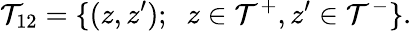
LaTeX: {\cal\mathcal{T}}_{12}=\{ (z,z^{\prime});\; \; z\in{\cal\mathcal{T}}^{+},z^{\prime}\in{\cal\mathcal{T}}^{-}\} .